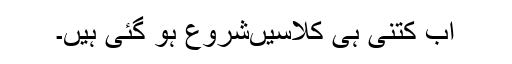
اب کتنی ہی کلاسیںشروع ہو گئی ہیں۔